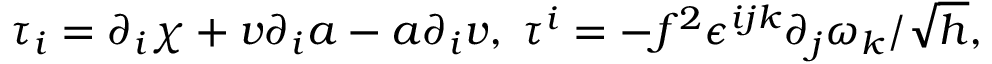
\tau _ { i } = \partial _ { i } \chi + v \partial _ { i } a - a \partial _ { i } v , \; \tau ^ { i } = - f ^ { 2 } \epsilon ^ { i j k } \partial _ { j } \omega _ { k } / \sqrt { h } ,